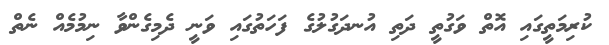
ކުރިމަތީގައި އޮތް ވަގުތީ ދަތި އުނދަގުލުގެ ފަހަތުގައި ވަނީ ދެމިގެންވާ ނިމުމެއް ނެތް